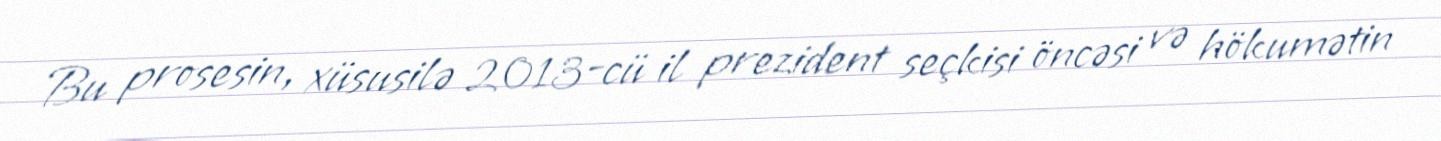
Bu prosesin, xüsusilə 2013-cü il prezident seçkisi öncəsi və hökumətin